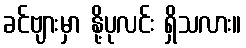
ခင်ဗျားမှာ နို့ပုလင်း ရှိသလား။